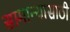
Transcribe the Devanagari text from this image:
सामान्यासाठी